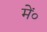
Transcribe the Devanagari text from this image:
में०